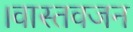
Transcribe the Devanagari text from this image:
।वास्तवजन